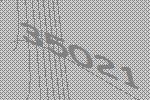
35021